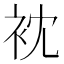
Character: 衴